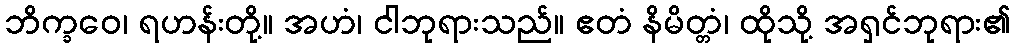
ဘိက္ခဝေ၊ ရဟန်းတို့။ အဟံ၊ ငါဘုရားသည်။ ဧတံ နိမိတ္တံ၊ ထိုသို့ အရှင်ဘုရား၏